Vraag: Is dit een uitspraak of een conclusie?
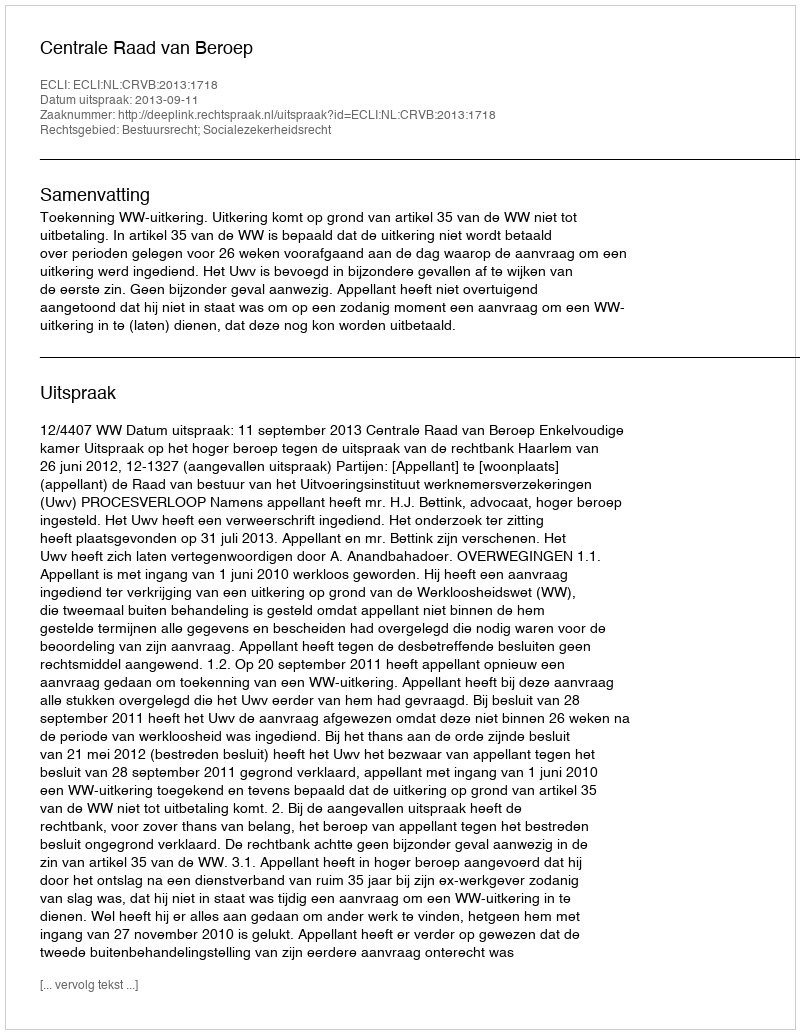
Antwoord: Uitspraak